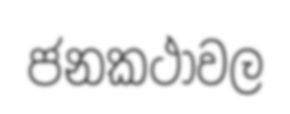
ජනකථාවල